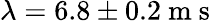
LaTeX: \lambda=6.8\pm 0.2\mathrm{~m~s~}